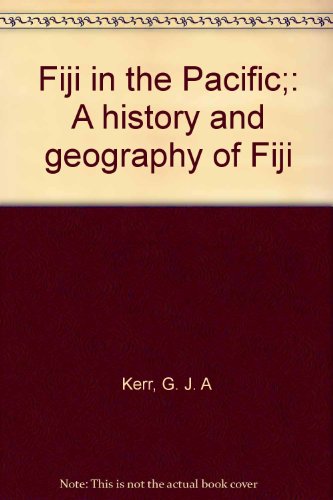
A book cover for Fiji in the Pacific;: A history and geography of Fiji; G. J. A Kerr; History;